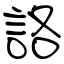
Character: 詻